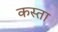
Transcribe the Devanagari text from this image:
कस्ता